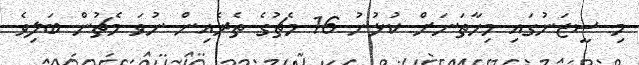
މި ސީޒަނުގައި މިހާތަނަށް ކުޅުނު 16 މެޗުގެ ތެރެއިން ނުވަ މެޗުން ބަލިވެ